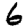
Digit: 6